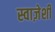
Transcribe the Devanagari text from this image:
स्वाज़ेर्शी